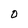
Character: O